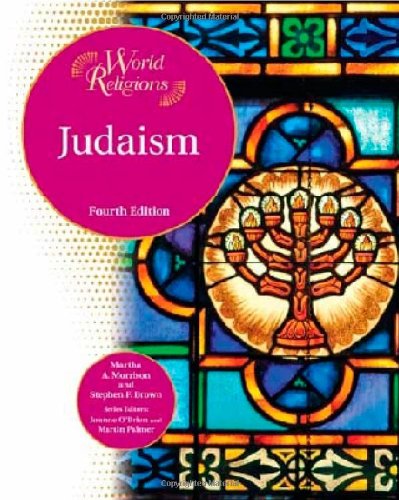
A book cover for Judaism (World Religions (Facts on File)); Martha A. Morrison; Teen & Young Adult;